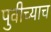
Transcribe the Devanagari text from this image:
पुवीच्याच